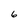
Character: 6